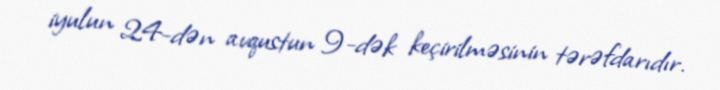
iyulun 24-dən avqustun 9-dək keçirilməsinin tərəfdarıdır.